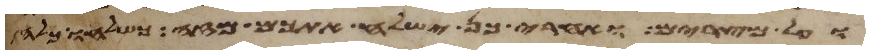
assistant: ועל מצרים ואחרי כן ישלח אתכם מזה כשלחו כלה